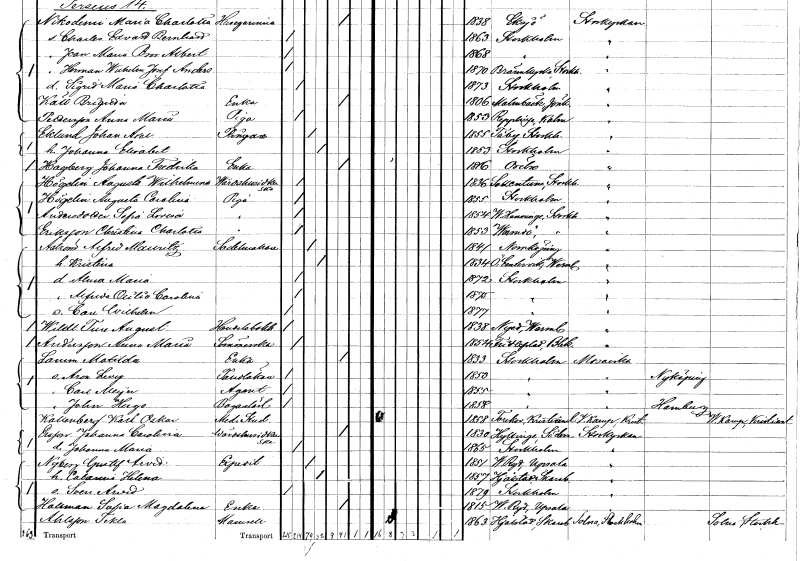
gt_parse: households: individuals: FN: Johan Axel
EN: Eklund
YRKE: Ringare
KON: M
CIV: G
FODAR: 1855
FODFORS: Täby Stockholms län
FN: Johanna Elisabet
KON: K
CIV: G
FODAR: 1853
FODFORS: Stockholm
FN: Johanna Fredrika
EN: Hagberg
YRKE: Änka
KON: K
CIV: E
FODAR: 1816
FODFORS: Örebro Örebro län
FN: Augusta Wilhelmina
EN: Högelin
YRKE: Värdshusidkerska
KON: K
CIV: O
FODAR: 1836
FODFORS: Sollentuna Stockholms län
FN: Augusta Carolina
EN: Högelin
YRKE: Piga
KON: K
CIV: O
FODAR: 1855
FODFORS: Stockholm
FN: Sofia Lovisa
EN: Andersdotter
YRKE: Piga
KON: K
CIV: O
FODAR: 1854
FODFORS: Västerhaninge Stockholms län
FN: Christina Charlotta
EN: Eriksson
YRKE: Piga
KON: K
CIV: O
FODAR: 1853
FODFORS: Värmdö Stockholms län
FN: Alfred Mauritz
EN: Åström
YRKE: Sadelmakare
KON: M
CIV: G
FODAR: 1841
FODFORS: Norrköping Östergötlands län
FN: Kristina
KON: K
CIV: G
FODAR: 1834
FODFORS: Östra Ämtervik Värmlands län
FN: Alma Maria
KON: K
CIV: O
FODAR: 1872
FODFORS: Stockholm
FN: Alfrida Otilia Carolina
KON: K
CIV: O
FODAR: 1875
FODFORS: Stockholm
FN: Carl Wilhelm
KON: M
CIV: O
FODAR: 1877
FODFORS: Stockholm
FN: Ture August
EN: Wildt
YRKE: Handelsbokhållare
KON: M
CIV: O
FODAR: 1838
FODFORS: Nyed Värmlands län
FN: Anna Maria
EN: Andersson
YRKE: Sömmerska
KON: K
CIV: O
FODAR: 1854
FODFORS: Fridlevstad Blekinge län
FN: Matilda
EN: Lamm
YRKE: Änka
KON: K
CIV: E
FODAR: 1833
FODFORS: Stockholm
FN: Aron Levy
YRKE: Tandläkare
KON: M
CIV: O
FODAR: 1853
FODFORS: Stockholm
FN: Carl Meyer
YRKE: Agent
KON: M
CIV: O
FODAR: 1855
FODFORS: Stockholm
FN: John Hugo
YRKE: Bagerilärling
KON: M
CIV: O
FODAR: 1858
FODFORS: Stockholm
FN: Karl Oskar
EN: Kallenberg
YRKE: Medicine studerande
KON: M
CIV: O
FODAR: 1858
FODFORS: Torekov Kristianstads län
FN: Johanna Carolina
EN: Ersson
YRKE: Värdshusidkerska
KON: K
CIV: E
FODAR: 1830
FODFORS: Hyltinge Södermanlands län
FN: Johanna Maria
KON: K
CIV: O
FODAR: 1865
FODFORS: Stockholm
FN: Gustaf Arvid
EN: Nyberg
YRKE: Expedit
KON: M
CIV: G
FODAR: 1851
FODFORS: Västra Ryd Stockholms län
FN: Catarina Helena
KON: K
CIV: G
FODAR: 1857
FODFORS: Hjälstad Skaraborgs län
FN: Sven Arvid
KON: M
CIV: O
FODAR: 1879
FODFORS: Stockholm
FN: Sofia Magdalena
EN: Hallman
YRKE: Änka
KON: K
CIV: E
FODAR: 1815
FODFORS: Stockholm
FN: Tekla
EN: Ahlsson
KON: K
CIV: O
FODAR: 1863
FODFORS: Hjälstad Skaraborgs län